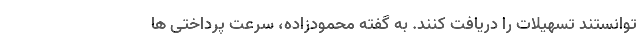
توانستند تسهیلات را دریافت کنند. به گفته محمودزاده، سرعت پرداختی ها